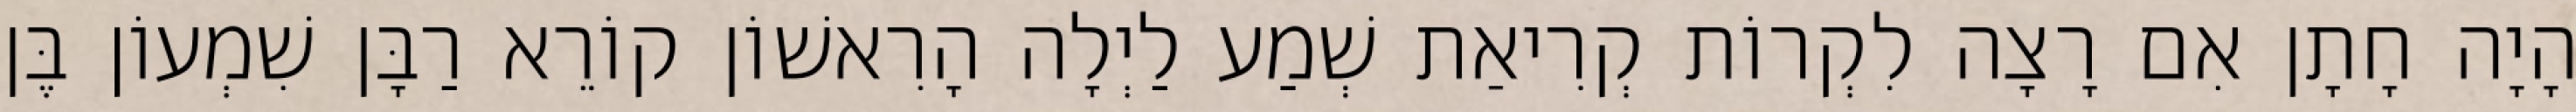
הָיָה חָתָן אִם רָצָה לִקְרוֹת קְרִיאַת שְׁמַע לַיְלָה הָרִאשׁוֹן קוֹרֵא רַבָּן שִׁמְעוֹן בֶּן